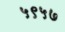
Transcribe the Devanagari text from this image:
५९५७